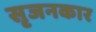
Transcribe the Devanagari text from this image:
सृजनकार